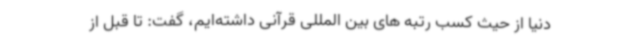
دنیا از حیث کسب رتبه های بین المللی قرآنی داشته‌ایم، گفت: تا قبل از